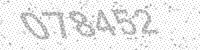
Solution: 078452